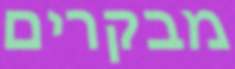
מבקרים